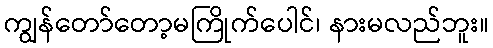
ကျွန်တော်တော့မကြိုက်ပေါင်၊ နားမလည်ဘူး။